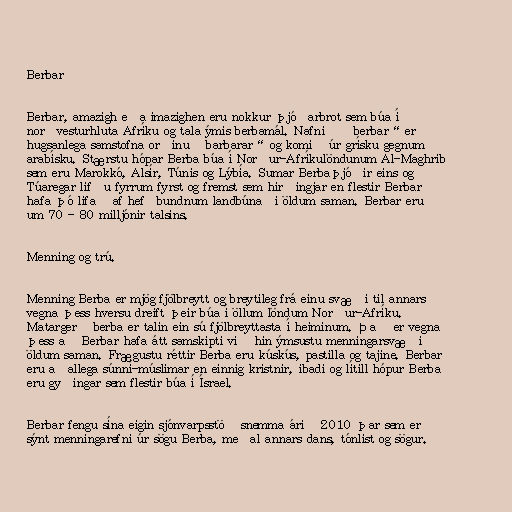
Berbar

Berbar, amazigh eða imazighen eru nokkur þjóðarbrot sem búa í
norðvesturhluta Afríku og tala ýmis berbamál. Nafnið „berbar“ er
hugsanlega samstofna orðinu „barbarar“ og komið úr grísku gegnum
arabísku. Stærstu hópar Berba búa í Norður-Afríkulöndunum Al-Maghrib
sem eru Marokkó, Alsír, Túnis og Lýbía. Sumar Berbaþjóðir eins og
Túaregar lifðu fyrrum fyrst og fremst sem hirðingjar en flestir Berbar
hafa þó lifað af hefðbundnum landbúnaði öldum saman. Berbar eru
um 70 - 80 milljónir talsins.

Menning og trú.

Menning Berba er mjög fjölbreytt og breytileg frá einu svæði til annars
vegna þess hversu dreift þeir búa í öllum löndum Norður-Afríku.
Matargerð berba er talin ein sú fjölbreyttasta í heiminum. Það er vegna
þess að Berbar hafa átt samskipti við hin ýmsustu menningarsvæði
öldum saman. Frægustu réttir Berba eru kúskús, pastilla og tajine. Berbar
eru aðallega súnní-múslimar en einnig kristnir, ibadi og lítill hópur Berba
eru gyðingar sem flestir búa í Ísrael.

Berbar fengu sína eigin sjónvarpsstöð snemma árið 2010 þar sem er
sýnt menningarefni úr sögu Berba, meðal annars dans, tónlist og sögur.